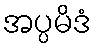
အပ္ပမိဒံ